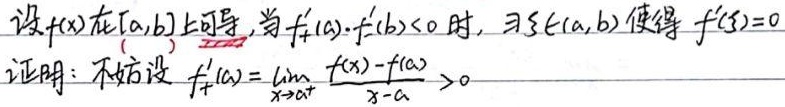
设\(f(x)\)在\([a,b]\)上可导。当\(f_{+}'(a)\cdot f_{-}'(b)<0\)时，存在\(\xi\in(a,b)\)使得\(f'(\xi)=0\)。

证明：不妨设
\[
f_{+}'(a)=\lim_{x\to a^{+}}\frac{f(x)-f(a)}{x - a}>0
\]